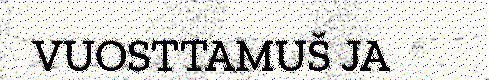
VUOSTTAMUŠ JA